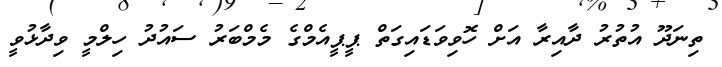
ތިނަދޫ އުތުރު ދާއިރާ އަށް ހޮވިވަޑައިގަތް ޕީޕީއެމްގެ މެމްބަރު ސައުދު ހިލްމީ ވިދާޅުވީ